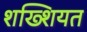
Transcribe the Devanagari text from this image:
शख्शियत